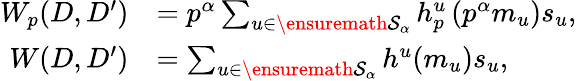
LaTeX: \begin{array}{rl}{W_{p}(D,D^{\prime})}&{=p^{\alpha}\sum_{u\in\ensuremath{\mathcal S}_{\alpha}}h_{p}^{u}\left(p^{\alpha}m_{u}\right)s_{u},}\\ {W(D,D^{\prime})}&{=\sum_{u\in\ensuremath{\mathcal S}_{\alpha}}h^{u}(m_{u})s_{u},}\end{array}